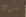
يموت